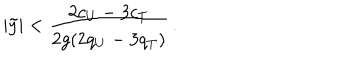
| \tilde { y } | < { \frac { 2 c _ { U } - 3 c _ { T } } { 2 g ( 2 q _ { U } - 3 q _ { T } ) } } \, .